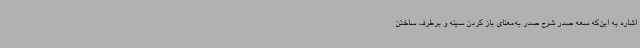
اشاره به این‌که سعه صدر شرح صدر به‌معنای باز کردن سینه و برطرف ساختن